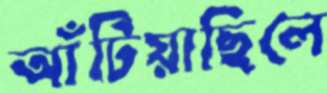
আঁটিয়াছিলে